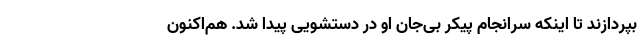
بپردازند تا اینکه سرانجام پیکر بی‌جان او در دستشویی پیدا شد. هم‌اکنون